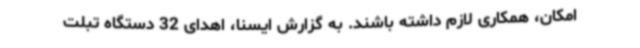
امکان، همکاری لازم داشته باشند. به گزارش ایسنا، اهدای 32 دستگاه تبلت